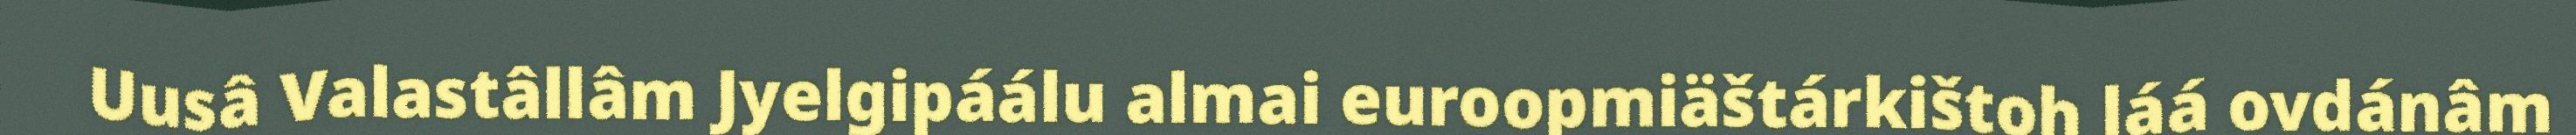
Uusâ Valastâllâm Jyelgipáálu almai euroopmiäštárkištoh láá ovdánâm